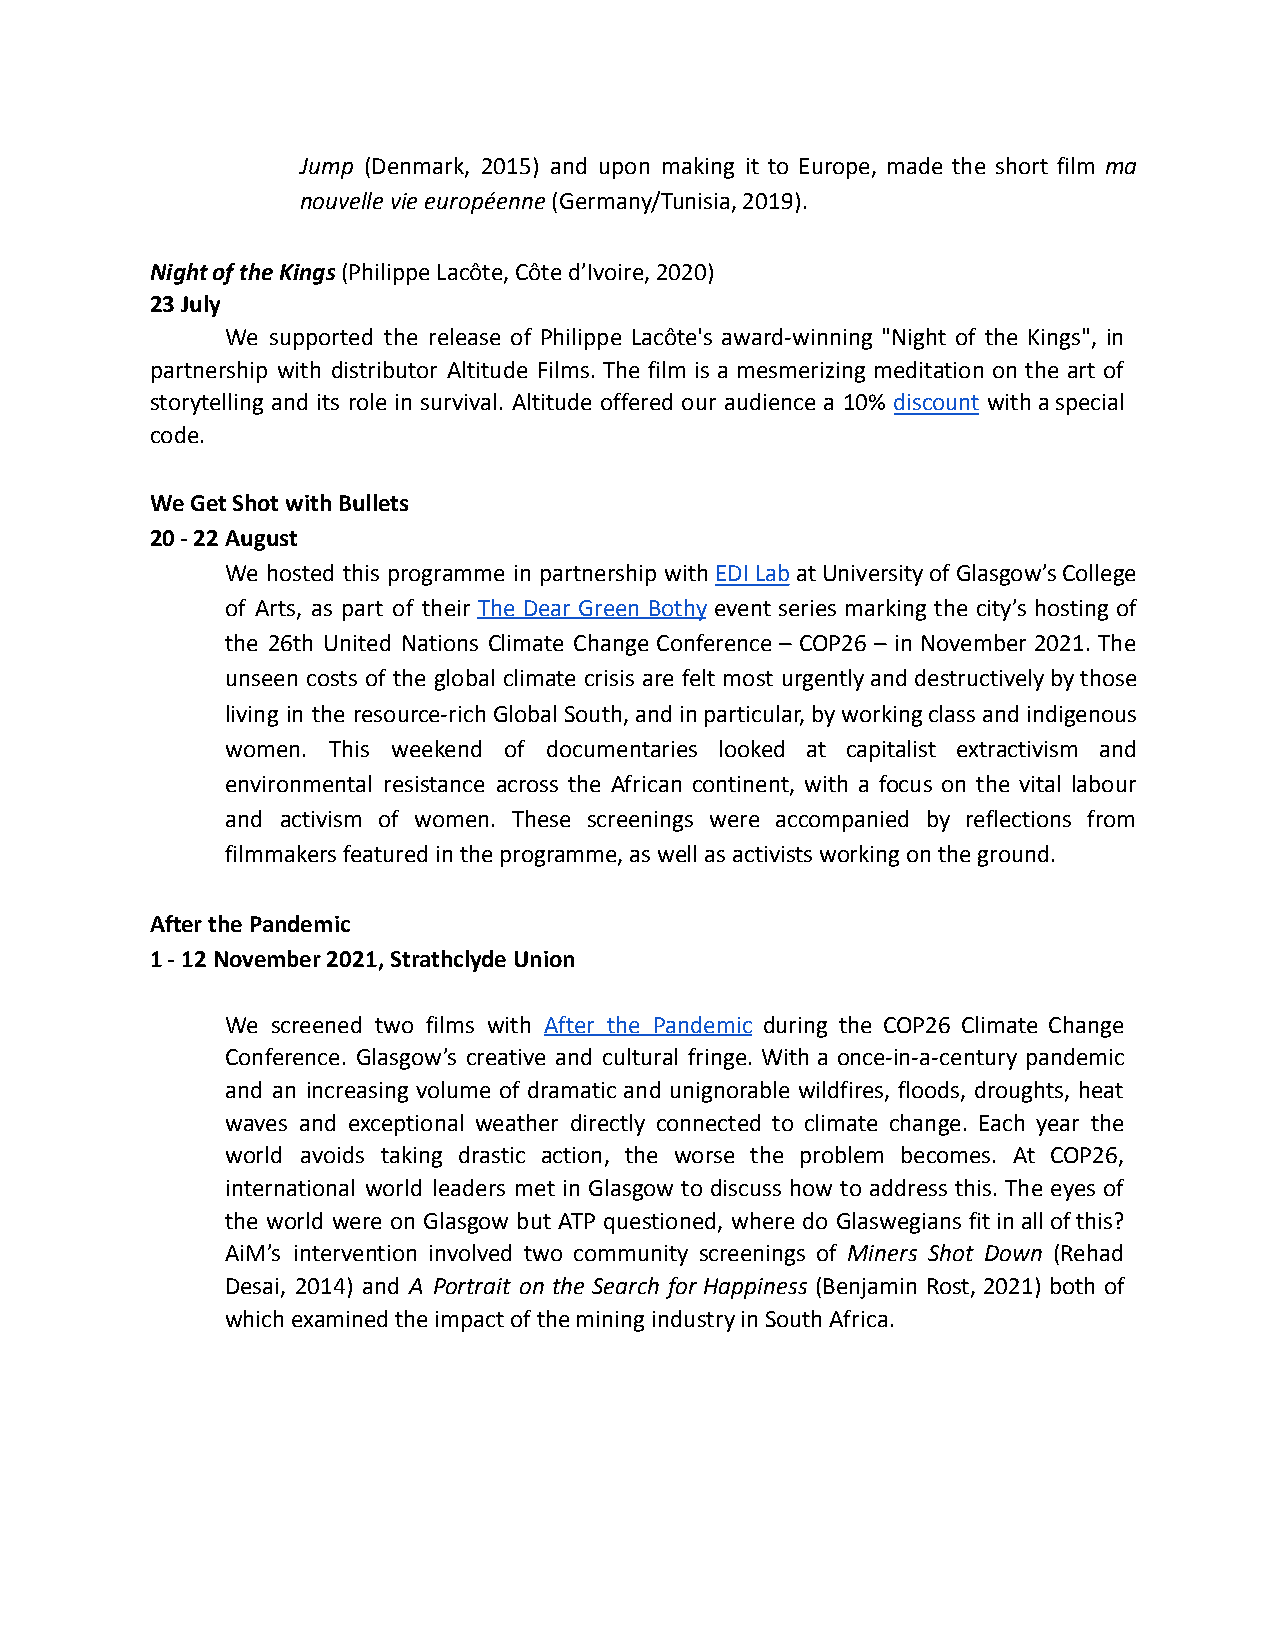
Jump (Denmark, 2015) and upon making it to Europe, made the short film ma
 nouvelle vie européenne(Germany/Tunisia, 2019).
 Night of the Kings(Philippe Lacôte, Côte d’Ivoire,2020)
 23 July
 We supported the release of Philippe Lacôte's award-winning "Night of the Kings", in
 partnership with distributor Altitude Films. The film is a mesmerizing meditation on the art of
 storytelling and its role in survival. Altitude offered our audience a 10% discount withaspecial
 code.
 We Get Shot with Bullets
 20 - 22 August
 We hosted this programme in partnership withEDILabatUniversityofGlasgow’sCollege
 of Arts, as part of their The Dear Green Bothy event series marking the city’s hosting of
 the 26th United Nations Climate Change Conference – COP26 – in November 2021. The
 unseen costs of the global climate crisis are felt most urgentlyanddestructivelybythose
 living in the resource-richGlobalSouth,andinparticular,byworkingclassandindigenous
 women. This weekend of documentaries looked at capitalist extractivism and
 environmental resistance across the African continent, with a focus on the vital labour
 and activism of women. These screenings were accompanied by reflections from
 filmmakers featured in the programme, as well as activists working on the ground.
 After the Pandemic
 1 - 12 November 2021, Strathclyde Union
 We screened two films with After the Pandemic during the COP26 Climate Change
 Conference. Glasgow’s creative and cultural fringe. With a once-in-a-century pandemic
 and an increasing volume of dramatic and unignorable wildfires, floods, droughts, heat
 waves and exceptional weather directly connected to climate change. Each year the
 world avoids taking drastic action, the worse the problem becomes. At COP26,
 international world leaders met in Glasgow to discuss how to address this. The eyes of
 the world were on Glasgow but ATP questioned, where do Glaswegians fitinallofthis?
 AiM’s intervention involved two community screenings of Miners Shot Down (Rehad
 Desai, 2014) and A Portrait on the Search for Happiness (Benjamin Rost, 2021) both of
 which examined the impact of the mining industry in South Africa.